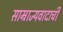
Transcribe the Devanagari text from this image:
साम्राज्यवादाची